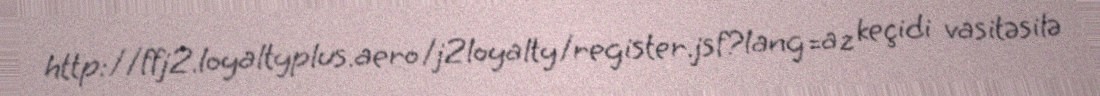
http://ffj2.loyaltyplus.aero/j2loyalty/register.jsf?lang=az keçidi vasitəsilə